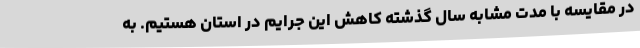
در مقایسه با مدت مشابه سال گذشته کاهش این جرایم در استان هستیم. به